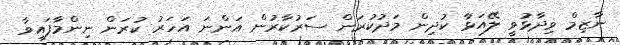
ނާޒިމް ވިދާޅުވީ ލޭއަޅާ ކުދިން މަދުކުރަން ސަރުކާރުން އަންނަ އަހަރު ކުރަން ނިންމާފައިވާ